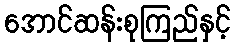
အောင်ဆန်းစုကြည်နှင့်